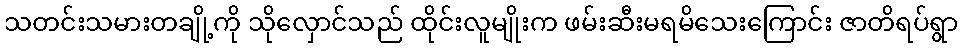
သတင်းသမားတချို့ကို သိုလှောင်သည် ထိုင်းလူမျိုးက ဖမ်းဆီးမရမိသေးကြောင်း ဇာတိရပ်ရွာ